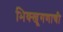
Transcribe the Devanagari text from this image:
भिक्खूगणाची